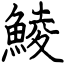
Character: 鯪